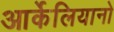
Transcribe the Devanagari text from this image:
आर्केलियानो